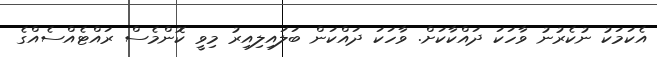
އެކަމަކު ނުކެރުނު ވާހަކަ ދައްކާކަށް. ވާހަކަ ދައްކަން ބަލައިލިއިރު މިވީ ކޮންމެސް ރައްޓެއްސެއްގެ